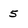
Character: 5